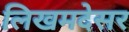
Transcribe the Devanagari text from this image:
लिखमदेसर